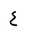
Letter: _ayn